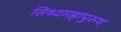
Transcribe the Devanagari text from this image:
सिध्दमहापुरुष